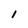
Character: 1